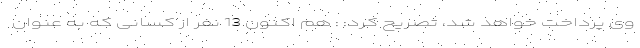
وی پرداخت خواهد شد، تصریح کرد: : هم اکنون 13 نفر از کسانی که به عنوان